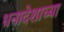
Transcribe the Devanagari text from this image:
धनादेशाच्या